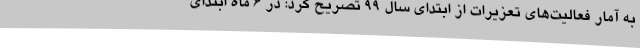
به آمار فعالیت‌های تعزیرات از ابتدای سال 99 تصریح کرد: در 6 ماه ابتدای